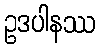
ဥဒပါနဿ